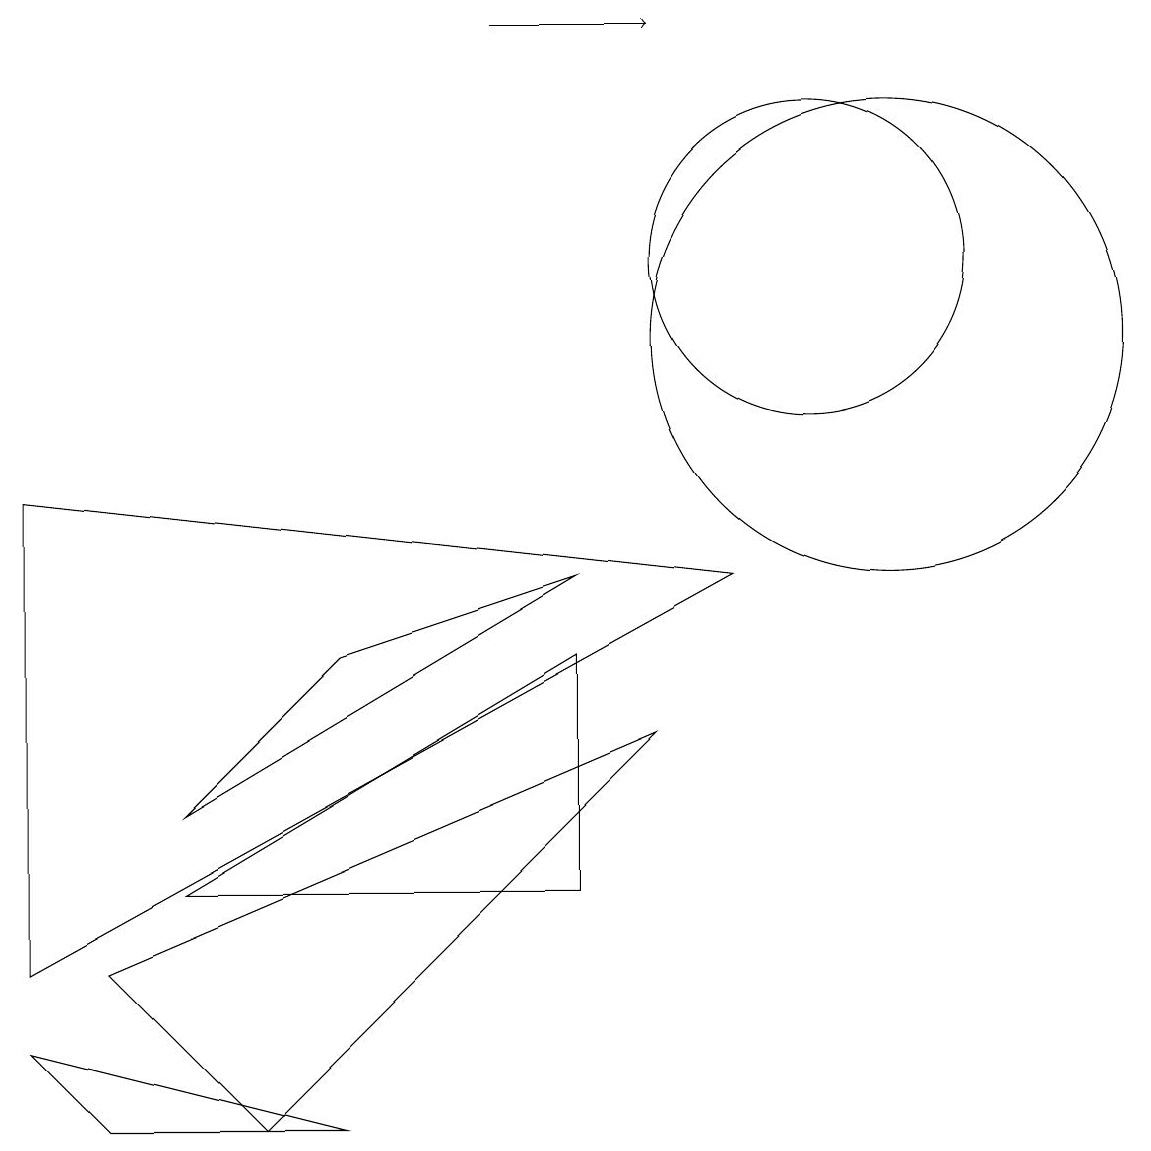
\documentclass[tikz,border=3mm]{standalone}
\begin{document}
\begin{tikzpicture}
\draw (2,4) -- (7,7) -- (4,6) -- cycle;
\draw (11,10) circle (3);
\draw (1,0) -- (0,1) -- (4,0) -- cycle;
\draw (0,2) -- (0,8) -- (9,7) -- cycle;
\draw (10,11) circle (2);
\draw[->] (6,14) -- (8,14);
\draw (7,3) -- (7,6) -- (2,3) -- cycle;
\draw (8,5) -- (1,2) -- (3,0) -- cycle;
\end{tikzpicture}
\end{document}